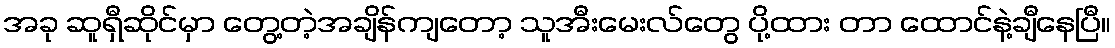
အခု ဆူရှီဆိုင်မှာ တွေ့တဲ့အချိန်ကျတော့ သူအီးမေးလ်တွေ ပို့ထား တာ ထောင်နဲ့ချီနေပြီ။